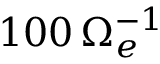
1 0 0 \, \Omega _ { e } ^ { - 1 }